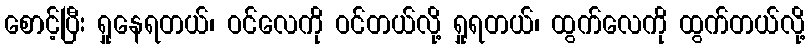
စောင့်ပြီး ရှုနေရတယ်၊ ဝင်လေကို ဝင်တယ်လို့ ရှုရတယ်၊ ထွက်လေကို ထွက်တယ်လို့